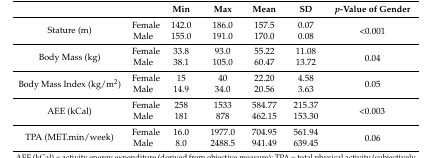
<table><thead><tr><td></td><td></td><td><b>Min</b></td><td><b>Max</b></td><td><b>Mean</b></td><td><b>SD</b></td><td><b><i>p</i>-Value of Gender</b></td></tr></thead><tbody><tr><td rowspan="2">Stature (m)</td><td>Female</td><td>142.0</td><td>186.0</td><td>157.5</td><td>0.07</td><td rowspan="2">&lt;0.001</td></tr><tr><td>Male</td><td>155.0</td><td>191.0</td><td>170.0</td><td>0.08</td></tr><tr><td rowspan="2">Body Mass (kg)</td><td>Female</td><td>33.8</td><td>93.0</td><td>55.22</td><td>11.08</td><td rowspan="2">0.04</td></tr><tr><td>Male</td><td>38.1</td><td>105.0</td><td>60.47</td><td>13.72</td></tr><tr><td rowspan="2">Body Mass Index (kg/m<sup>2</sup>)</td><td>Female</td><td>15</td><td>40</td><td>22.20</td><td>4.58</td><td rowspan="2">0.05</td></tr><tr><td>Male</td><td>14.9</td><td>34.0</td><td>20.56</td><td>3.63</td></tr><tr><td rowspan="2">AEE (kCal)</td><td>Female</td><td>258</td><td>1533</td><td>584.77</td><td>215.37</td><td rowspan="2">&lt;0.003</td></tr><tr><td>Male</td><td>181</td><td>878</td><td>462.15</td><td>153.30</td></tr><tr><td rowspan="2">TPA (MET.min/week)</td><td>Female</td><td>16.0</td><td>1977.0</td><td>704.95</td><td>561.94</td><td rowspan="2">0.06</td></tr><tr><td>Male</td><td>8.0</td><td>2488.5</td><td>941.49</td><td>639.45</td></tr></tbody></table>